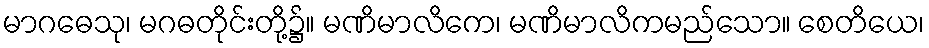
မာဂဓေသု၊ မဂဓတိုင်းတို့၌။ မဏိမာလိကေ၊ မဏိမာလိကမည်သော။ စေတိယေ၊